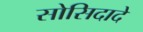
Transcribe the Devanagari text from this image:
सोसिदादे